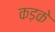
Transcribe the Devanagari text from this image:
कड़के